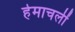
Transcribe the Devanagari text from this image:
हेमाचलीं